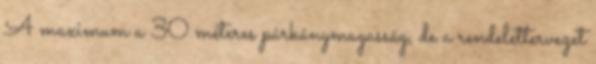
A maximum a 30 méteres párkánymagasság, de a rendelettervezet